Medical and sanitary report of the native army of Madras for the year
Year: 1876
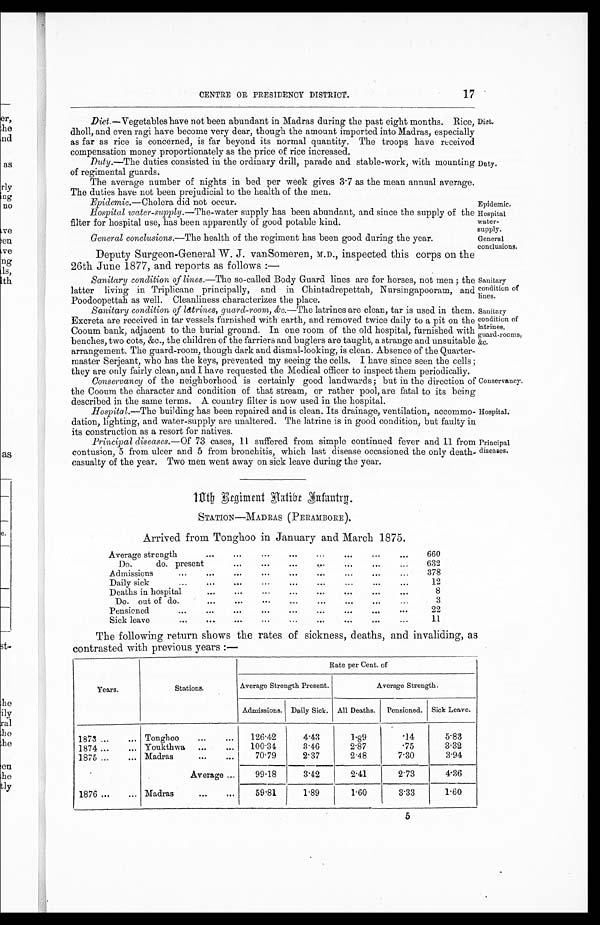
Epidemic.—Cholera did not occur.
Epidemic.
Hospital.
Principal
diseases.
CENTRE OR PRESIDENCY DISTRICT.
17
Diet.— V e g e t a b l e s h a v e n o t b e e n a b u n d a n t i n M a d r a s d u r i n g t h e p a s t e i g h t m o n t h s . R i c e ,
dholl, and even ragi have become very dear, though the amount imported into Madras, especially
as far as rice is concerned, is far beyond its normal quantity. The troops have received
compensation money proportionately as the price of rice increased.
Duty. —The duties consisted in the ordinary drill, parade and stable-work, with mounting
of regimental guards.
The average number of nights in bed per week gives 3.7 as the mean annual average.
The duties have not been prejudicial to the health of the men.
Diet.
Duty.
Hospital water-supply. —The-water supply has been abundant, and since the supply of the
filter for hospital use, has been apparently of good potable kind.
General conclusions. —The health of the regiment has been good during the year.
Deputy Surgeon-General W. J. vanSomeren, M.D., inspected this corps on the
26th June 1877, and reports as follows:—
Sanitary condition of lines. —The so-called Body Guard lines are for horses, not men; the
latter living in Triplicane principally, and in Chintadrepettah, Nursingapooram, and
Poodoonettah as well. Cleanliness characterizes the place.
Hospital
water-
supply.
General
conclusions.
Sanitary
condition of
lines.
Sanitary condition of latrines, guard-room, &c.—The latrines are clean, tar is used in them.
Excreta are received in tar vessels furnished with earth, and removed twice daily to a pit on the
Cooum bank, adjacent to the burial ground. In one room of the old hospital, furnished with
benches, two cots, &c., the children of the farriers and buglers are taught, a strange and unsuitable
arrangement. The guard-room, though dark and dismal-looking, is clean. Absence of the Quarter-
master Serjeant, who has the keys, prevented my seeing the cells. I have since seen the cells;
they are only fairly clean, and I have requested the Medical officer to inspect them periodically.
Conservancy of the neighborhood is certainly good landwards; but in the direction of
the Cooum the character and condition of that stream, or rather pool, are fatal to its being
described in the same terms. A country filter is now used in the hospital.
Sanitary
condition of
latrines,
guard-rooms,
&c.
Conservancy.
Hospital.—The building has been repaired and is clean. Its drainage, ventilation, accommo-
dation, lighting, and water-supply are unaltered. The latrine is in good condition, but faulty in
i t s c o n s t r u c t i o n a s a r e s o r t f o r n a t i v e s .
Principal diseases. —Of 73 cases, 11 suffered from simple continued fever and 11 from
contusion, 5 from ulcer and 5 from bronchitis, which last disease occasioned the only death-
casualty of the year. Two men went away on sick leave during the year.
10th Regiment Native Infantry.
STATION—MADRAS (PERAMBORE).
Arrived from Tonghoo in January and March 1875.
Average strength
660
Do. do. present
632
Admissions
378
Daily sick
12
Deaths in hospital
8
Do. out of do.
3
Pensioned
22
Sick leave
1 1
The following return shows the rates of sickness, deaths, and invaliding, as
contrasted with previous years:—
Years.
Stations.
Rate per Cent. of
Average Strength Present.
Average Strength.
Admissions. Daily Sick. All Deaths. Pensioned. Sick Leave.
1873
Tonghoo
126.42
4.43
1.89
.14
5.83
1874
Youkthwa
100.34
3.46
2.87
.75
3.32
1875
Madras
70.79
2.37
2.48
7.30
3.94
Average
99.18
3.42
2.41
2.73
4.36
1876
Madras
59.81
1.89
1.60
3.33
1.60
5